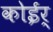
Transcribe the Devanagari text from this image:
कोईर्